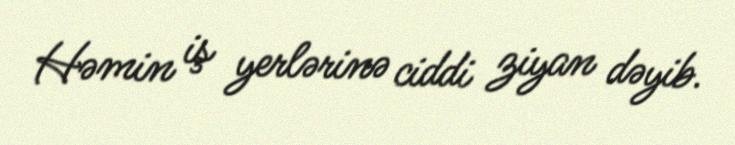
Həmin iş yerlərinə ciddi ziyan dəyib.